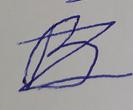
Signature authenticity: forged